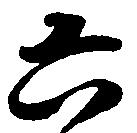
六